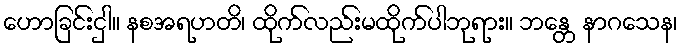
ဟောခြင်းငှါ။ နစအရဟတိ၊ ထိုက်လည်းမထိုက်ပါဘုရား။ ဘန္တေ နာဂသေန၊